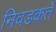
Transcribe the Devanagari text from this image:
निवडकर्ते